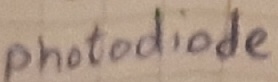
Text: photodiode